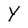
Character: Y